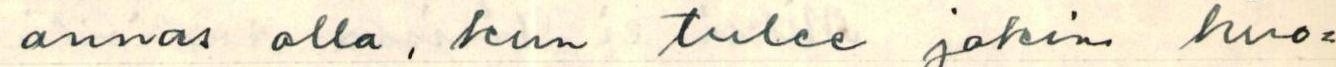
annas olla, kun tulee jokin huo=